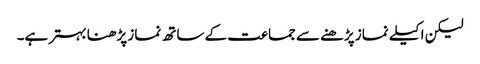
لیکن اکیلے نماز پڑھنے سے جماعت کے ساتھ نماز پڑھنا بہتر ہے۔